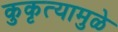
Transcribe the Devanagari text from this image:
कुकृत्यामुळे